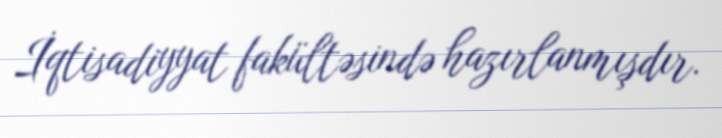
İqtisadiyyat fakültəsində hazırlanmışdır.